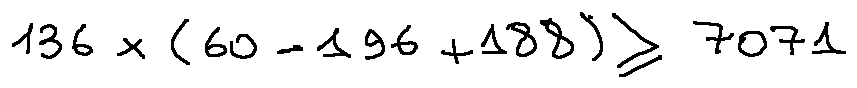
1 3 6 \times ( 6 0 - 1 9 6 + 1 8 8 ) \geq 7 0 7 1